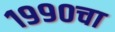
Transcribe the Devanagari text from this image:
१९९०चा